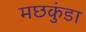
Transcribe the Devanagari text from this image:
मछकुंडा